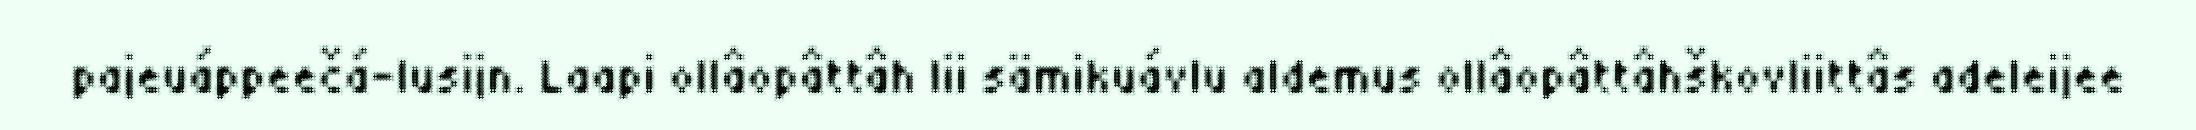
pajeuáppeečá-lusijn. Laapi ollâopâttâh lii sämikuávlu aldemus ollâopâttâhškovliittâs adeleijee